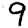
Digit: 9